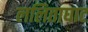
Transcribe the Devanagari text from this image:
ललिताघाट